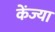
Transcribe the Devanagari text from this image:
केंज्या